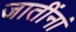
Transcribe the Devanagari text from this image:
जातींनां